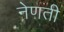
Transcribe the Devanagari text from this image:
नेणती